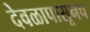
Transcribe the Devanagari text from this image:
देवळापासूनच